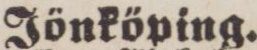
Jönköping.